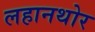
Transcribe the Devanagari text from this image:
लहानथोर